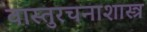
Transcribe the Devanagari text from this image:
वास्तुरचनाशास्त्र